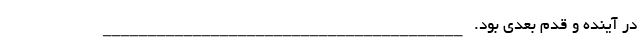
در آینده و قدم بعدی بود. ________________________________________